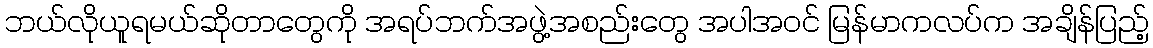
ဘယ်လိုယူရမယ်ဆိုတာတွေကို အရပ်ဘက်အဖွဲ့အစည်းတွေ အပါအဝင် မြန်မာကလပ်က အချိန်ပြည့်